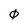
Character: 0